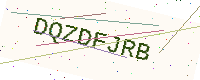
Text: DQZDFJRB